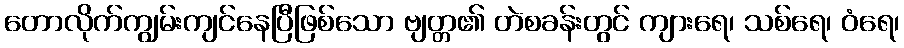
တောလိုက်ကျွမ်းကျင်နေပြီဖြစ်သော ဗျတ္တ၏ တဲစခန်းတွင် ကျားရေ၊ သစ်ရေ၊ ဝံရေ၊